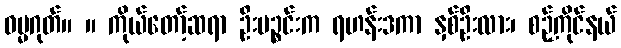
ဓမ္မဂုတ်။ ။ ကိုယ်တော့်ဆရာ ဦးပဉ္စင်းက ရဟန်းဒကာ နှစ်ဦးလား၊ စဉ့်ကိုင်နယ်